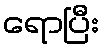
ရောပြီး